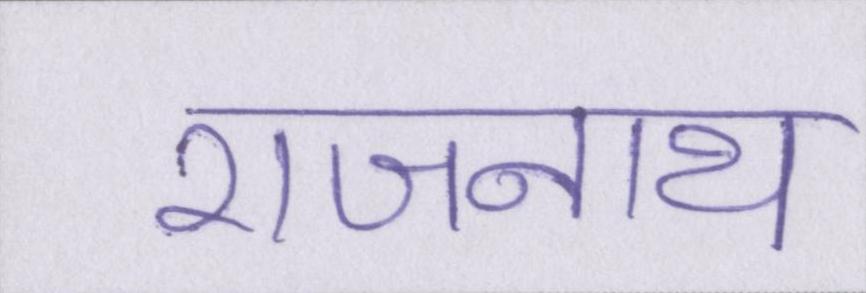
राजनाथ